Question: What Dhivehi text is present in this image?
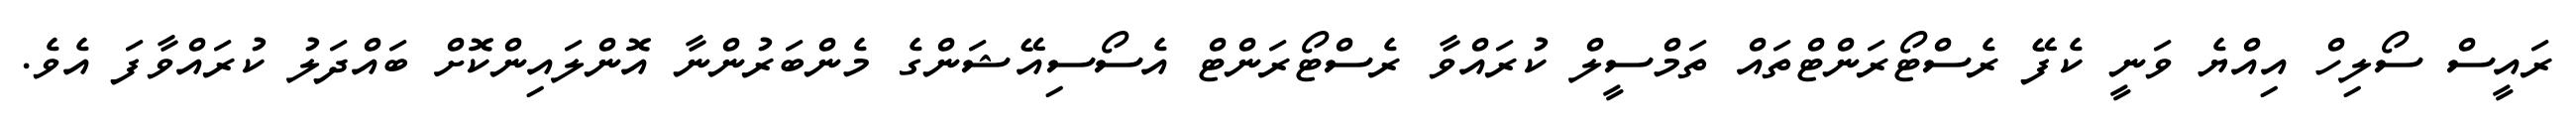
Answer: ރައީސް ސޯލިހް އިއްޔެ ވަނީ ކެފޭ ރެސްޓޯރަންޓްތައް ތަމްސީލް ކުރައްވާ ރެސްޓޯރަންޓް އެސޯސިއޭޝަންގެ މެންބަރުންނާ އޮންލައިންކޮށް ބައްދަލު ކުރައްވާފަ އެވެ.